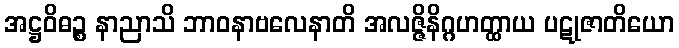
အဋ္ဌဝိဓဉ္စ နာညာသိ ဘာဝနာဗလေနာတိ အလဇ္ဇိနိဂ္ဂဟတ္ထာယ ပဋုဇာတိယော